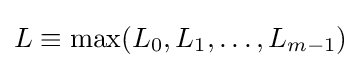
L\equiv \max(L_{0},L_{1},\ldots ,L_{m-1})